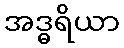
အဒ္ဓရိယာ